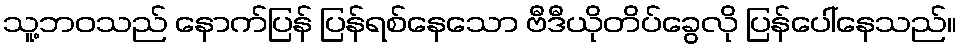
သူ့ဘဝသည် နောက်ပြန် ပြန်ရစ်နေသော ဗီဒီယိုတိပ်ခွေလို ပြန်ပေါ်နေသည်။